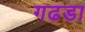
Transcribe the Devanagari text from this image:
गढडा